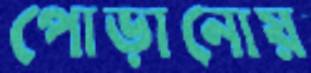
পোড়ানোয়